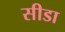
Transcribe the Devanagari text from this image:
सीडा